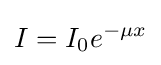
I=I_{0}e^{-\mu x}\,\!